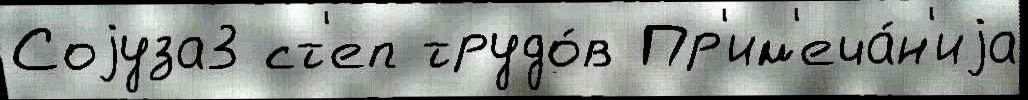
Соjуза3 ст'еп трудо́в Пр'им'еча́н'иjа